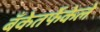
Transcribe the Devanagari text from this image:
बँकेतर्फेकेले